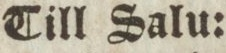
Till Salu: